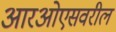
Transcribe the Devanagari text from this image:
आरओएसवरील